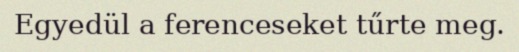
Egyedül a ferenceseket tűrte meg.